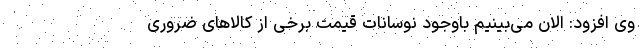
وی افزود: الان می‌بینیم باوجود نوسانات قیمت برخی از کالاهای ضروری